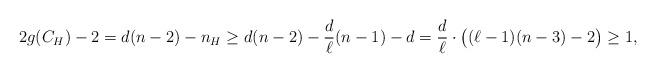
LaTeX: \begin{align*}2g(C_H) - 2 = d(n-2) - n_H \geq d(n-2) - \frac{d}{\ell}(n-1) - d = \frac{d}{\ell} \cdot \big((\ell-1)(n-3) - 2\big) \geq 1,\end{align*}